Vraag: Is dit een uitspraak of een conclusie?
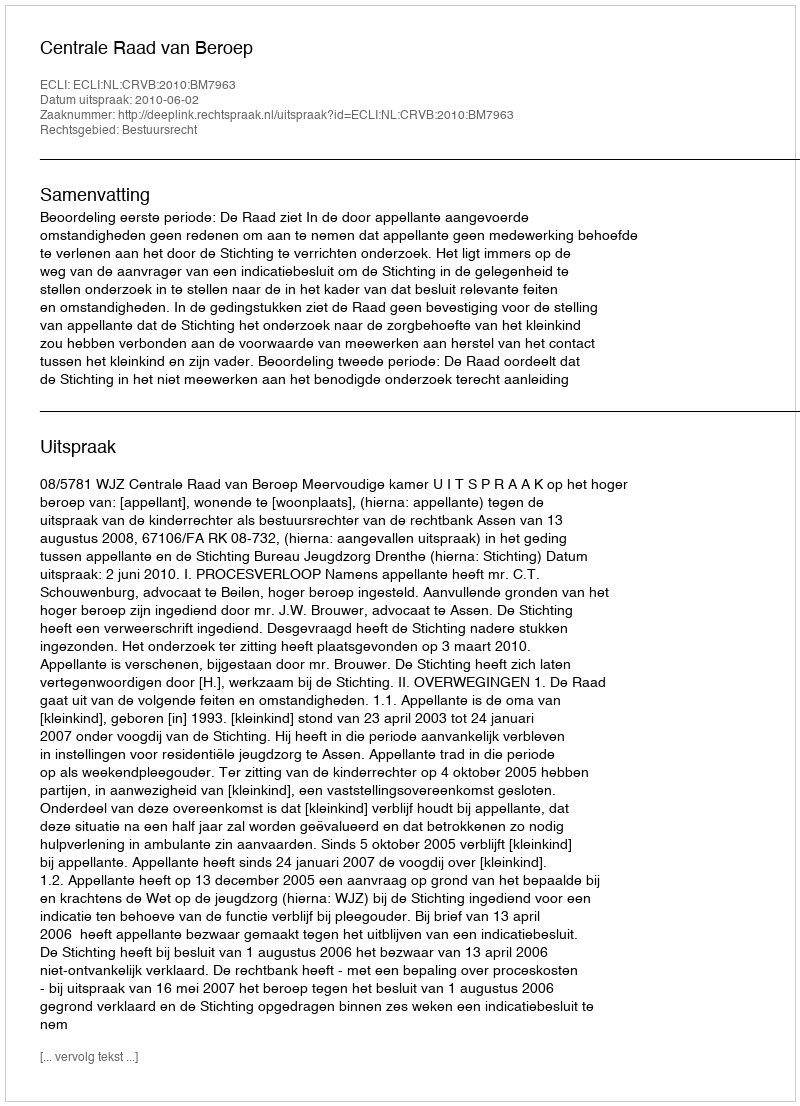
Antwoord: Uitspraak